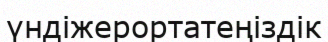
үндіжерортатеңіздік